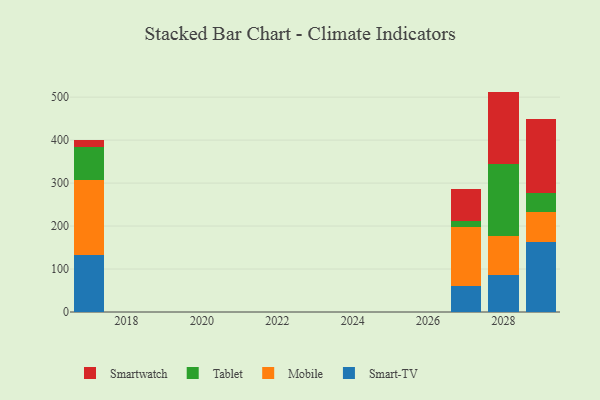
{"axis": {"x": "Year", "y": "Shipments"}, "legend": ["Mobile", "Smart-TV", "Smartwatch", "Tablet"], "data": [{"x": "2029", "y": 161.9, "type": "Smart-TV"}, {"x": "2029", "y": 70.9, "type": "Mobile"}, {"x": "2029", "y": 45.3, "type": "Tablet"}, {"x": "2029", "y": 170.9, "type": "Smartwatch"}, {"x": "2028", "y": 86.4, "type": "Smart-TV"}, {"x": "2028", "y": 90.5, "type": "Mobile"}, {"x": "2028", "y": 168.0, "type": "Tablet"}, {"x": "2028", "y": 168.0, "type": "Smartwatch"}, {"x": "2017", "y": 131.9, "type": "Smart-TV"}, {"x": "2017", "y": 175.0, "type": "Mobile"}, {"x": "2017", "y": 77.8, "type": "Tablet"}, {"x": "2017", "y": 15.7, "type": "Smartwatch"}, {"x": "2027", "y": 60.2, "type": "Smart-TV"}, {"x": "2027", "y": 138.5, "type": "Mobile"}, {"x": "2027", "y": 13.3, "type": "Tablet"}, {"x": "2027", "y": 74.0, "type": "Smartwatch"}]}